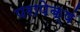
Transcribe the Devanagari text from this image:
परापेक्षं